Annual administration report of the Civil Veterinary Department of India - 1897-1898
Year: 1897
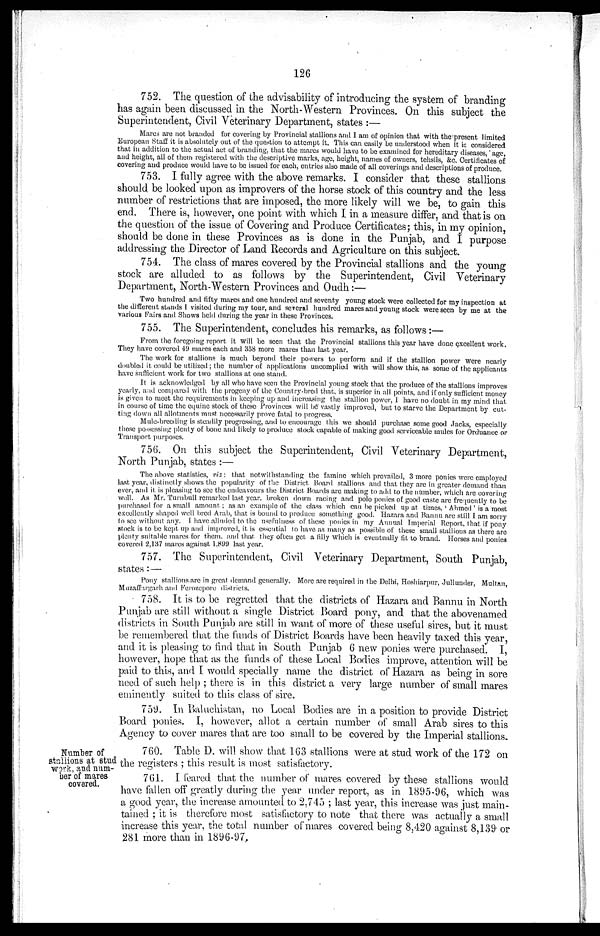
126
752. The question of the advisability of introducing the system of branding
has again been discussed in the North-Western Provinces. On this subject the
Superintendent, Civil Veterinary Department, states :—
Mares are not branded for covering by Provincial stallions and I am of opinion that with the present limited
European Staff it is absolutely out of the question to attempt it. This can easily be understood when it is considered
that in addition to the actual act. of branding, that the mares would have to be examined for hereditary diseases, age,
and height, all of them registered with the descriptive marks, age, height, names of owners, tehsils, &c. Certificates of
covering and produce would have to be issued for each, entries also made of all coverings and descriptions of produce.
753. I fully agree with the above remarks. I consider that these stallions
should be looked upon as improvers of the horse stock of this country and the less
number of restrictions that are imposed, the more likely will we be, to gain this
end. There is, however, one point with which I in a measure differ, and that is on
the question of the issue of Covering and Produce Certificates; this, in my opinion,
should be done in these Provinces as is done in the Punjab, and I purpose
addressing the Director of Land Records and Agriculture on this subject.
754. The class of mares covered by the Provincial stallions and the young
stock are alluded to as follows by the Superintendent, Civil Veterinary
Department, North-Western Provinces and Oudh:—
Two hundred and fifty marcs and one hundred and seventy young stock were collected for my inspection at
the different stands I visited during my tour, and several hundred mares and young stock were seen by me at the
various Fairs and Shows held during the year in these Provinces.
755. The Superintendent, concludes his remarks, as follows:—
From the foregoing report it will be seen that the Provincial stallions this year have done excellent work.
They have covered 49 mares each and 358 more mares than last year.
The work for stallions is much beyond their powers to perform and if the stallion power were nearly
doubled it could be utilized; the number of applications uncomplied with will show this, as some of the applicants
have sufficient work for two stallions at one stand.
It is acknowledged by all who have seen the Provincial young stock that the produce of the stallions improves
yearly, and compared with the progeny of the Country-bred that, is superior in all points, and if only sufficient money
is given to meet the requirements in keeping up and increasing the stallion power, I have no doubt in my mind that
in course of time the equine stock of these Provinces will be vastly improved, but to starve the Department by cut-
ting down all allotments must necessarily prove fatal to progress.
Mule-breeding is steadily progressing, and to encourage this we should purchase some good Jacks, especially
those possessing plenty of bone and likely to produce stock capable of making good serviceable mules for Ordnance or
Transport, purposes.
756. On this subject the Superintendent, Civil Veterinary Department,
North Punjab, states :—
The above statistics, viz: that notwithstanding the famine which prevailed, 3 more ponies were employed
last year, distinetly shows the popularity of the District Board stallions and that they are in greater demand than
ever, and it is pleasing to see the endeavours the District, Boards are making to add to the number, which are covering
well. As Mr. Turnbull remarked last year, broken down racing and polo ponies of good caste are frequently to be
purchased for a small amount; as an example of the class which can be picked up at times. 'Ahmed' is a most
excellently shaped well bred Arab, that is bound to produce something good. Hazara and Bannu are still I am sorry
to see without any. I have alluded to the usefulness of these ponies in my Annual Imperial Report, that if pony
stock is to be kept up and improved, it is essential to have as many as possible of these small stallions as there are
plenty suitable mares for them, and that they often get a filly which is eventually fit to brand. Horses and ponies
covered 2,137 mares against, 1.899 last year.
757. The Superintendent, Civil Veterinary Department, South Punjab,
states : —
Pony stallions are in great demand generally. More are required in the Delhi, Hoshiarpur, Jullunder, Multan,
Muzaffargarh and Ferozepore distriets.
758. It is to be regretted that the districts of Hazara and Bannu in North
Punjab are still without a single District Board pony, and that the abovenamed
districts in South Punjab are still in want of more of these useful sires, but it must
be remembered that the funds of District Boards have been heavily taxed this year,
and it is pleasing to find that in South Punjab 6 new ponies were purchased. I,
however, hope that as the funds of these Local Bodies improve, attention will be
paid to this, and I would specially name the district of Hazara as being in sore
need of such help; there is in this district a very large number of small mares
eminently suited to this class of sire.
759. In Baluchistan, no Local Bodies are in a position to provide District
Board ponies. I, however, allot a certain number of small Arab sires to this
Agency to cover mares that are too small to be covered by the Imperial stallions.
Number of
stallions at stud
work, and num-
ber of mares
covered.
760. Table D. will show that 163 stallions were at stud work of the 172 on
the registers; this result is most satisfactory.
761. I feared that the number of mares covered by these stallions would
have fallen off greatly during the year under report, as in 1895-96, which was
a good year, the increase amounted to 2,745; last year, this increase was just main-
tained; it is therefore most satisfactory to note that there was actually a small
increase this year, the total number of mares covered being 8,420 against 8,139 or
281 more than in 1896-97,